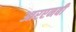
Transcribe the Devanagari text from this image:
आरएनबी